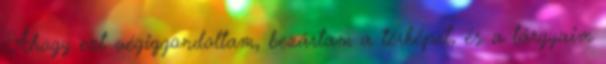
Ahogy ezt végiggondoltam, bezártam a térképet, és a tárgyaim